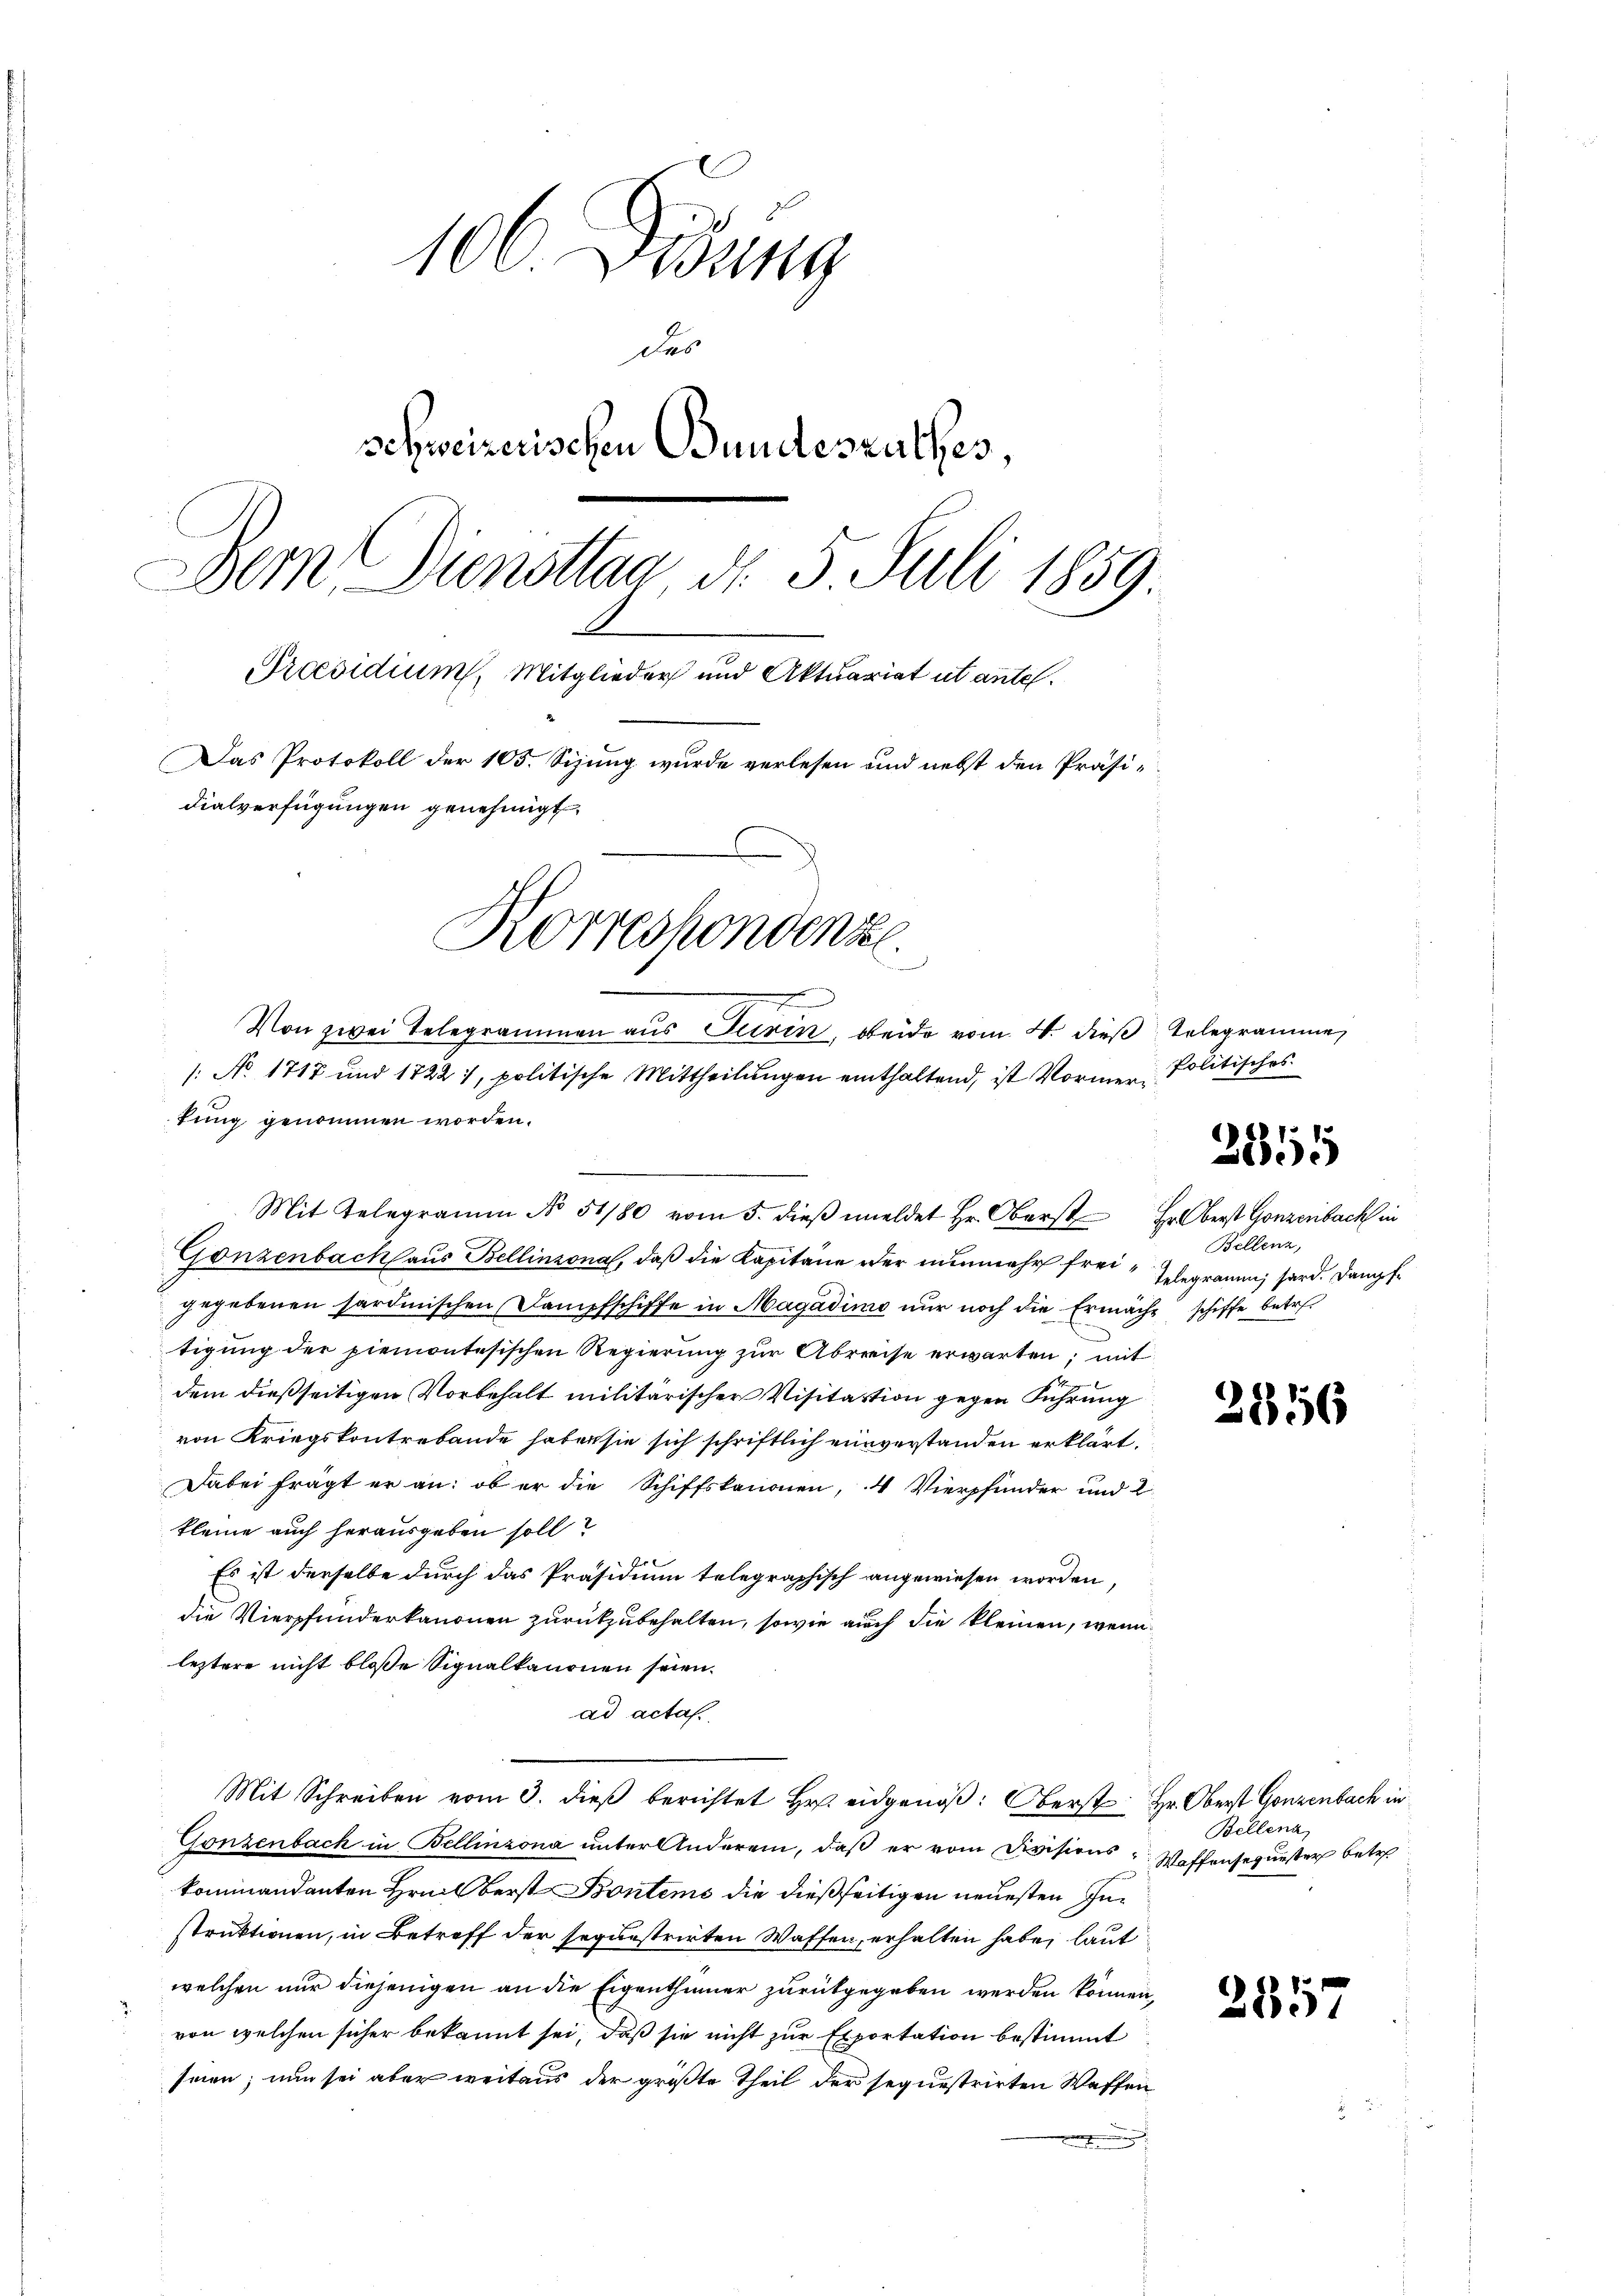
106 Didung
des
schweizerischen Bundesrathes,
Dem Diensttag d. 5. Juli 1859
Praesidium, Mitglieder und Aktuariat ut antel.
Das Protokoll der 105. Sizung wurde verlesen und nebst den Präsidialverfügungen genehmigt.
Korrespondenze

Von zwei Telegrammen aus Turin, beide vom 4. dieß Telegramme
/: No. 1717 und 1722), politische Mittheilungen einthaltend, ist Vormen- Politisches
tung genommen worden.
Mit Telegramm No 51/80 vom 5. dieβ meldet Hr. Oberst Erberst Gonzenbach in

Gonzenbach aus Bellinzona, daß die Kapitane der nunmehr freigegebenen sardinischen Dampfschiffe in Magadimo nur noch die Ermäche schiffe betret
tigung der piemontesischen Regierung zur Abreise erwarten; mit
dem dießseitigen Vorbehalt militärischer Visitation gegen Führung
von Kriegskontrebande haben sie sich schriftlich einverstanden erklärt.
Dabei frägt er an: ob er die Schiffskanonen, 4 Vierpfunder und 2
kleine auch herausgeben soll?
Es ist derselbe durch das Präsidium telegraphisch angewiesen worden,
die Vierpfunderkanonen zurückzubehalten, sowie auch die kleinen, wenn
leztere nicht bloße Signalkanonen seien.
ad acta
Mit Schreiben vom 3. dieβ berichtet Hr. eidgenöβ: Oberst Hr. Oberst Gonzenbach in
Gonzenbach in Bellinzona unter Anderem, daß er vom Divisions Waffensequester betre
kommandanten Heilberst Bonteme die dießseitigen neuesten Instruktionen, in Betreff der sequestrirten Waffen, erhalten habe, laut
welchen nur diejenigen an die Eigenthümer zurükgegeben werden können,
von welchen sicher bekannt sei, daß sie nicht zur Exportation bestimmt
seien; nun sei aber weitaus der größte Theil der sequestrirten Waffen
.

28815

Bellenz,
Telegramm, sard. Dampf¬

2856

Bellena,

2557